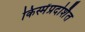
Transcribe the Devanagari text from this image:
किस्मेंप्रदर्शित